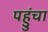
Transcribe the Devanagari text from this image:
पहुुंचा